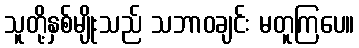
သူတို့နှစ်မျိုးသည် သဘာဝချင်း မတူကြပေ။